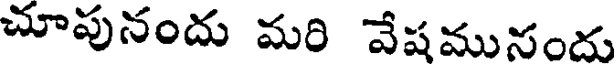
చూపునందు మరి వేషమునందు